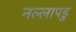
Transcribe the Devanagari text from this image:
नल्‍लापडु